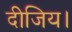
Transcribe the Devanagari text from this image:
दीजिय।